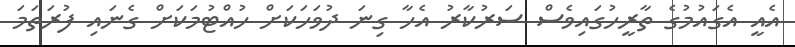
އެއީ އެގައުމުގެ ތާރީހުގައިވެސް ސަރުކާރު އެހާ ގިނަ ދުވަހަކަށް ހުއްޓުމަކަށް ގެނައި ފުރަތަމަ